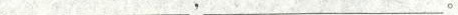
___,___.